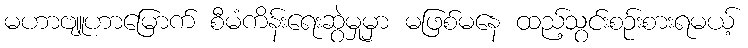
မဟာဗျူဟာမြောက် စီမံကိန်းရေးဆွဲမှုမှာ မဖြစ်မနေ ထည့်သွင်းစဉ်းစားရမယ့်